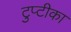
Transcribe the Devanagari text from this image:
टुप्टीका